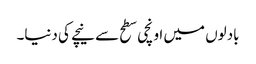
بادلوں میں اونچی سطح سے نیچے کی دنیا۔